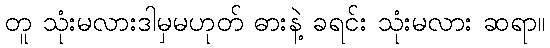
တူ သုံးမလားဒါမှမဟုတ် ဓားနဲ့ ခရင်း သုံးမလား ဆရာ။